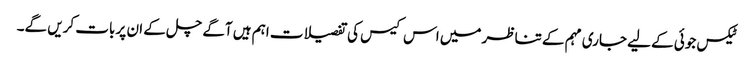
ٹیکس جوئی کے لیے جاری مہم کے تناظر میں اس کیس کی تفصیلات اہم ہیں آگے چل کے ان پر بات کریں گے۔